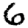
Digit: 6